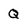
Character: Q